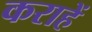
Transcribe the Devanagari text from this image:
कराहें